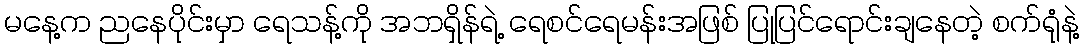
မနေ့က ညနေပိုင်းမှာ ရေသန့်ကို အဘရှိန်ရဲ့ ရေစင်ရေမန်းအဖြစ် ပြုပြင်ရောင်းချနေတဲ့ စက်ရုံနဲ့